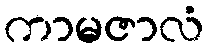
ကာမဇာလံ